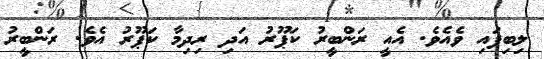
ލިބިފައި ވެއެވެ. އެއީ ރަންބީރު ކަޕޫރު އަދި ރިދިމާ ކަޕޫރު އެވެ. ރަންބީރު